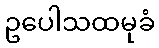
ဥပေါသထမုခံ